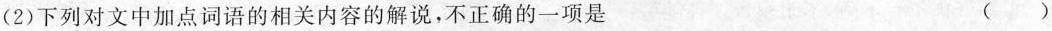
(2)下列对文中加点词语的相关内容的解说，不正确的一项是 ( )